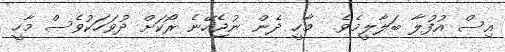
އިސް އުފުލާ ބަލާލީމެވެ.  މާހީ ދެން ނުޖެހޭނެ ރޯކަށް ދުވަހަކުވެސް މާހީ